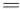
=